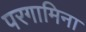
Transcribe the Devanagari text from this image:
परगामिना